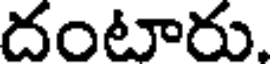
దంటారు.